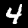
Digit: 4